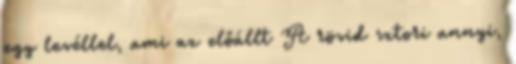
egy levéllel, ami az előállt A rövid sztori annyi,